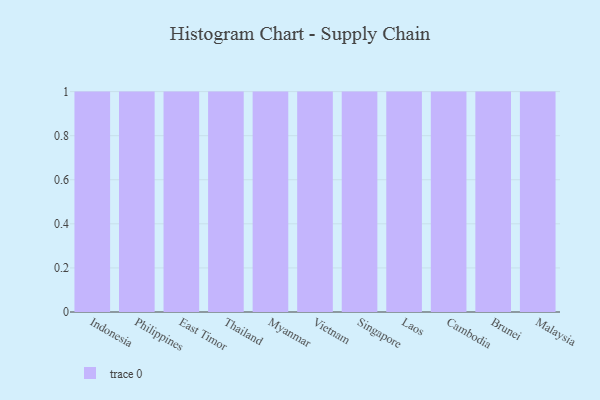
{"axis": {"x": "Country", "y": "Gross Profit (USD K)"}, "legend": [""], "data": [{"x": "Indonesia", "y": 27, "type": ""}, {"x": "Philippines", "y": 64, "type": ""}, {"x": "East Timor", "y": 36, "type": ""}, {"x": "Thailand", "y": 11, "type": ""}, {"x": "Myanmar", "y": 1, "type": ""}, {"x": "Vietnam", "y": 84, "type": ""}, {"x": "Singapore", "y": 43, "type": ""}, {"x": "Laos", "y": 59, "type": ""}, {"x": "Cambodia", "y": 80, "type": ""}, {"x": "Brunei", "y": 72, "type": ""}, {"x": "Malaysia", "y": 57, "type": ""}]}